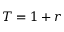
T = 1 + r